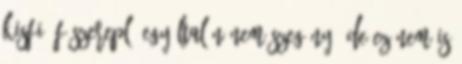
kisfiú főszereplő egyáltalán nem szegény, de ez nem is